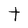
Character: t